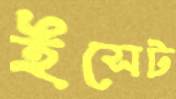
ইসেট